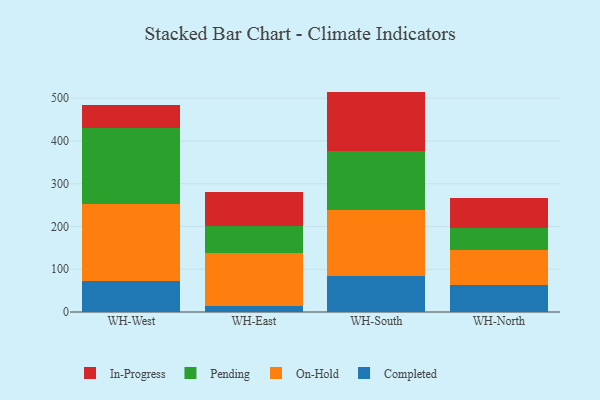
{"axis": {"x": "Warehouse", "y": "Tickets Resolved"}, "legend": ["Completed", "In-Progress", "On-Hold", "Pending"], "data": [{"x": "WH-West", "y": 73.5, "type": "Completed"}, {"x": "WH-West", "y": 179.9, "type": "On-Hold"}, {"x": "WH-West", "y": 176.5, "type": "Pending"}, {"x": "WH-West", "y": 55.5, "type": "In-Progress"}, {"x": "WH-East", "y": 13.8, "type": "Completed"}, {"x": "WH-East", "y": 123.6, "type": "On-Hold"}, {"x": "WH-East", "y": 64.5, "type": "Pending"}, {"x": "WH-East", "y": 80.0, "type": "In-Progress"}, {"x": "WH-South", "y": 84.9, "type": "Completed"}, {"x": "WH-South", "y": 154.4, "type": "On-Hold"}, {"x": "WH-South", "y": 138.2, "type": "Pending"}, {"x": "WH-South", "y": 138.1, "type": "In-Progress"}, {"x": "WH-North", "y": 62.7, "type": "Completed"}, {"x": "WH-North", "y": 81.8, "type": "On-Hold"}, {"x": "WH-North", "y": 51.3, "type": "Pending"}, {"x": "WH-North", "y": 69.9, "type": "In-Progress"}]}